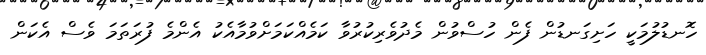
ހޮނޑުލުމަކީ ހަށިގަނޑުން ފެން ހުސްވުން މެދުވެރިކުރުވާ ކަމެއްކަމަށްވުމާއެކު އެންމެ ފުރަތަމަ ވެސް އެކަން